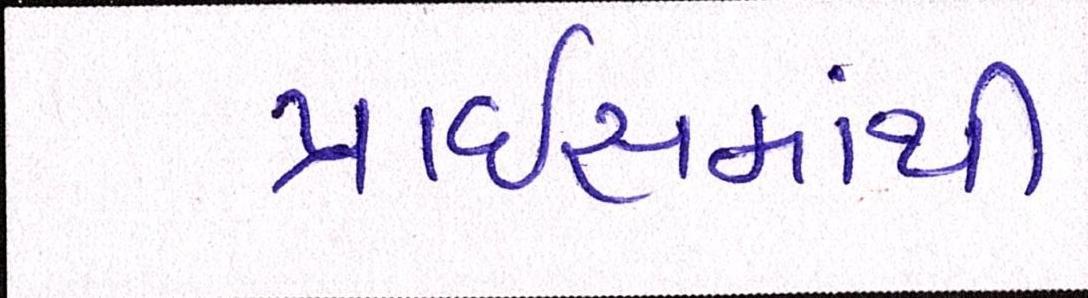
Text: પ્રાઇસમાંથી